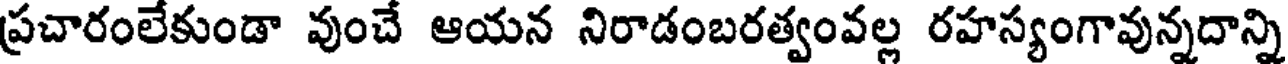
ప్రచారంలేకుండా వుంచే ఆయన నిరాడంబరత్వంవల్ల రహస్యంగావున్నదాన్ని